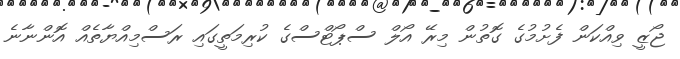
ޖޯޒީ ވިއްކަން ފެށުމުގެ ގޮތުން މިރޭ އޯލް ސްޕޯޓްސްގެ ކުރިމަތީގައި ރަސްމިއްޔާތެއް އޮންނާނެ